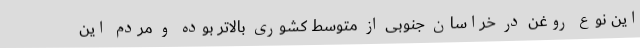
این نوع روغن در خراسان جنوبی از متوسط کشوری بالاتر بوده و مردم این